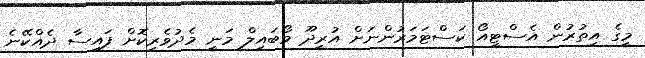
މީގެ އިތުރުން އެސްޓީއޯ ކަސްޓަމަރުންނަށް އުރީދޫ މޯބައިލް މަނީ މެދުވެރިކޮށް ފައިސާ ދެއްކޭނެ